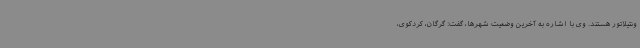
ونتیلاتور هستند. وی با اشاره به آخرین وضعیت شهرها، گفت: گرگان، کردکوی،